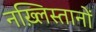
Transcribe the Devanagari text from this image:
नख़्लिस्तानों